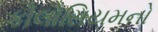
કોલોસિયમનો